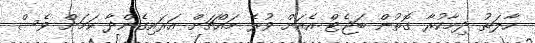
ހާލަތު ދިމާކުރާ ގޮތުން ބަޖެޓް އެއަށް ވުރެ މައްޗަށް އަރައިގެންދާ ކަމަށް ވެސް